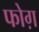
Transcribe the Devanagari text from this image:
फोग़